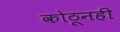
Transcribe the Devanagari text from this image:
कोठूनही